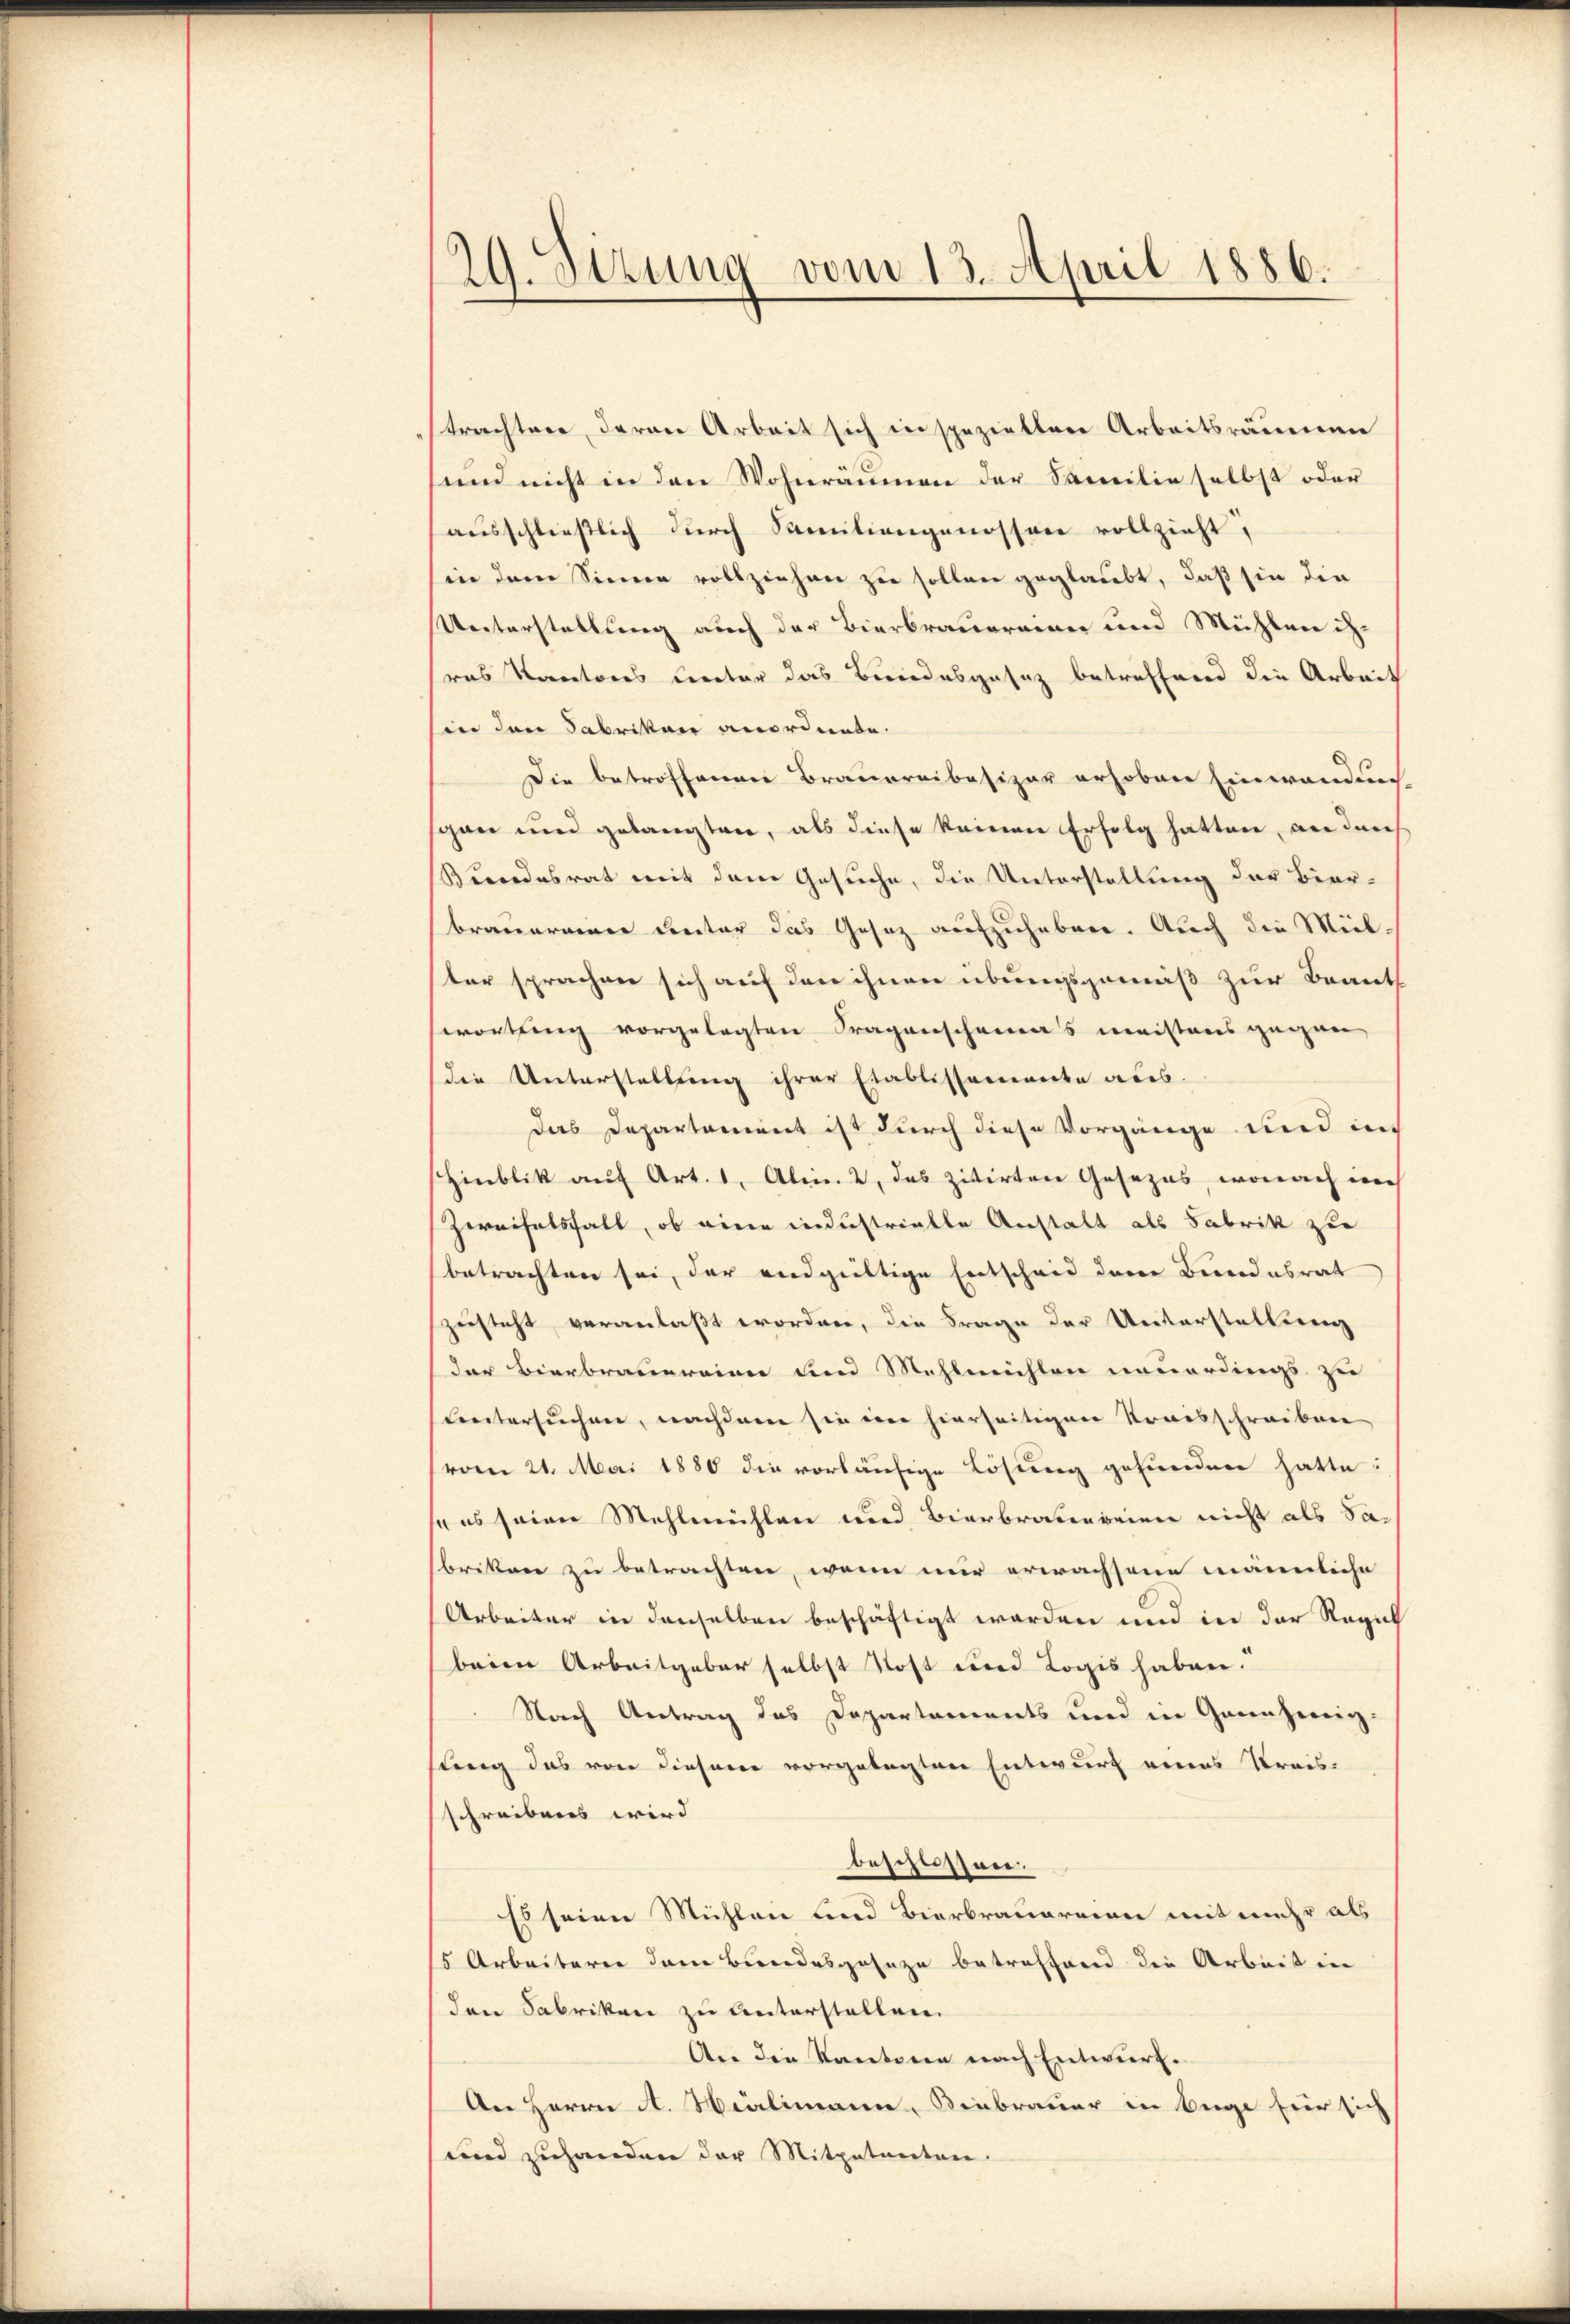
19. Sitzung vom 13. April 1886.

trachtere, daran Arbeit sich in spezieltere Arbeitsräumen
und nicht in den Wohnräumen der Familie selbst oder
ausschließlich durch Smitiengenossen vollzieht,
in dem Sinner vollziehen zu sollen geglaubt, daß sie die
Unterstellung auch der Bierbrauereien und Mühlen ihras Kantores Lector das Bundesgesez betreffend die Arbeit
in den Fabrikan anordnete.
Die betroffenen Brauereibesizar erhoben Einwandung
gan und gelangten, als diese keinen Erfolg hatten, an durch
Bindesrat mit dem Gesuche, die Unterstellung der Bier-
braueramer Director das Gesez aufzuheben. Auch die Mülter sprachen sich auf den ihnen übungsgemäß zur Beant
wortling vorgelegten Fragenscheinas meisteres gegen
die Unterstellung ihrer Etablissemente aus.
das Departament ist durch diese Vorgänge und in
Hinblik auf Art. 1. Alin 2, das zitirten Gesezes, wonach nich
Zweifelsfall, ob eine industrielle Anstalt als Fabrik zu
betrachten sei, der endgültige Entscheid dem Bundesrat
zusteht, veranlaßt worden, die Frage der Unterstellung
der Bierbrauereien und Mehlmühlen neuerdings zu
untersuchen, nachdem sie eine hierseitigen Kraisschreiben
vom 21. Mai 1880 die vorläufige Lösung gefunden hatte:
so es seien Mehlmühlen und Bierbraterreien nicht als Sabrikane zu betrachten, wenn nur erwachsene männliche
Arbeiter in denselben beschäftigt worden und in der Regul
beim Arbeitgeber selbst Rost und Logis haben.
Nach Antrag des Departements und in Garnhweiz.
sung das von diesem vorgelegten Entwurf eines Kreis-
schreibens wird
beschüssen.
Es seiner Michleie und Bierbrauereinen mit mehr als
5 Arbeiterer dem Bundesgeseze betreffend die Arbeit in
den Fabriken zu unterstellen.
An die Kantone nach Entwurf.
An Herrn A. Milimann, Binbrauer in Begi für sich
und zuhanden der Mitpetenten.